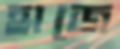
হাজে